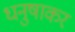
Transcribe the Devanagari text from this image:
धनुषाकर